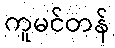
ကူမင်တန်